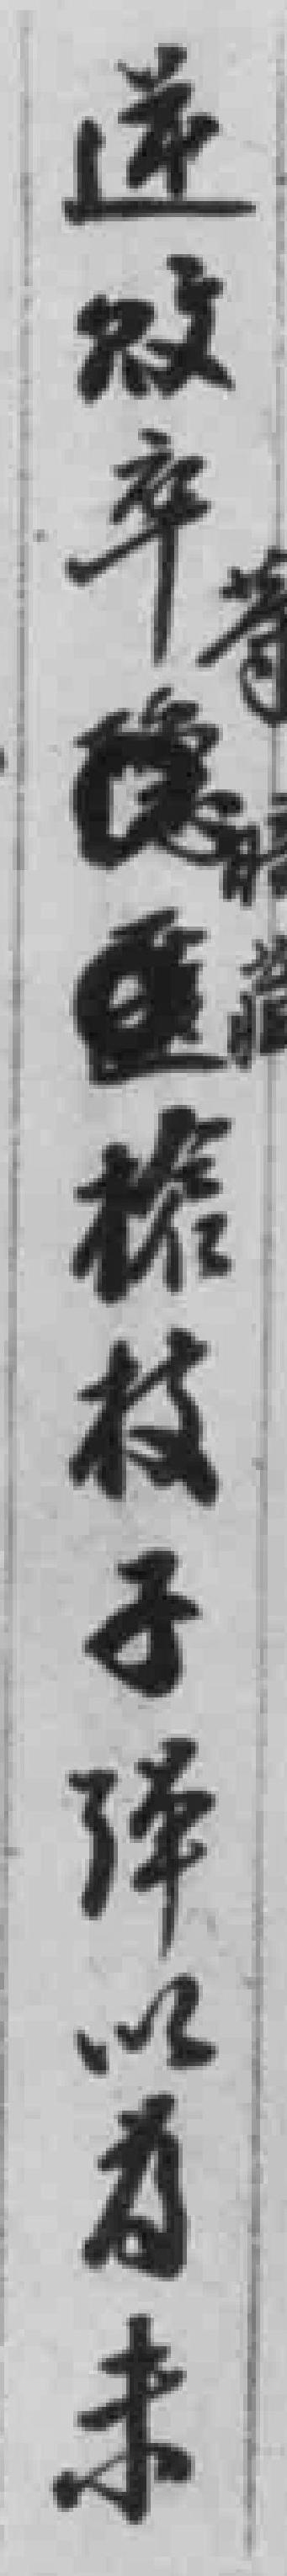
逆敗卒槍枝子弹以為未